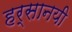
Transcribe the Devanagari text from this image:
हर्सानयी